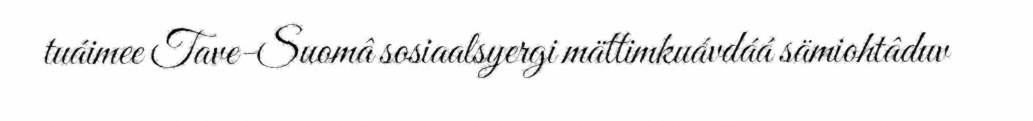
tuáimee Tave-Suomâ sosiaalsyergi mättimkuávdáá sämiohtâduv